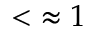
< \ \approx 1